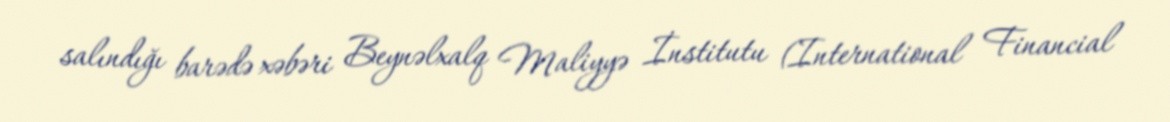
salındığı barədə xəbəri Beynəlxalq Maliyyə İnstitutu (International Financial